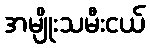
အမျိုးသမီးငယ်